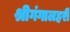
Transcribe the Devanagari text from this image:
श्रीगंगालहरी